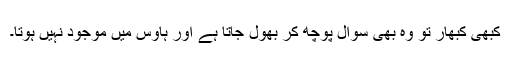
کبھی کبھار تو وہ بھی سوال پوچھ کر بھول جاتا ہے اور ہاؤس میں موجود نہیں ہوتا۔